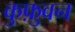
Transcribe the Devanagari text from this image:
कुफ़ुवन